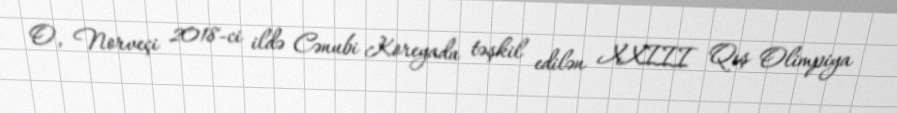
O, Norveçi 2018-ci ildə Cənubi Koreyada təşkil edilən XXIII Qış Olimpiya